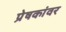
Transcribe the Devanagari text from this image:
प्रेषकांवर